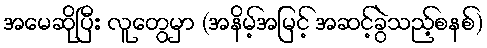
အမေဆိုပြီး လူတွေမှာ (အနိမ့်အမြင့် အဆင့်ခွဲသည့်စနစ်)